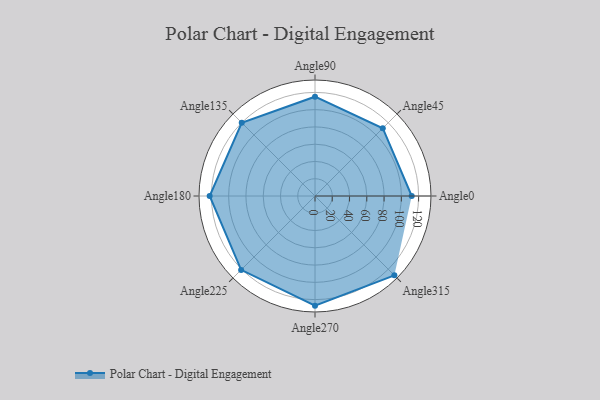
{"axis": {"x": "Angle", "y": "Radius"}, "legend": [""], "data": [{"x": "Angle0", "y": 112.0, "type": ""}, {"x": "Angle45", "y": 111.0, "type": ""}, {"x": "Angle90", "y": 115.0, "type": ""}, {"x": "Angle135", "y": 120.0, "type": ""}, {"x": "Angle180", "y": 122.0, "type": ""}, {"x": "Angle225", "y": 121.0, "type": ""}, {"x": "Angle270", "y": 127.0, "type": ""}, {"x": "Angle315", "y": 130.0, "type": ""}]}